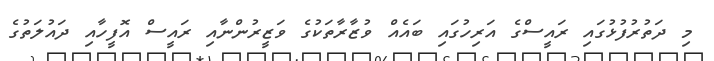
މި ދަތުރުފުޅުގައި ރައީސްގެ އަރިހުގައި ބައެއް ވުޒާރާތަކުގެ ވަޒީރުންނާއި ރައީސް އޮފީހާއި ދައުލަތުގެ